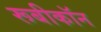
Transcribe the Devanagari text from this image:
रूबीकॉन